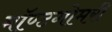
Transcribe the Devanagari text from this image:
मॉण्टगोमरी